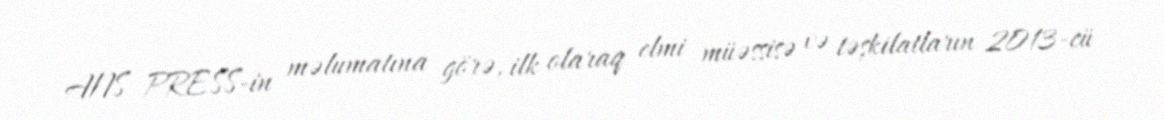
ANS PRESS-in məlumatına görə, ilk olaraq elmi müəssisə və təşkilatların 2013-cü